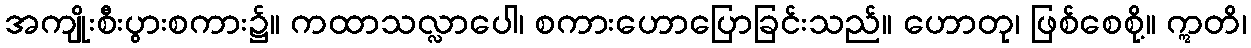
အကျိုးစီးပွားစကား၌။ ကထာသလ္လာပေါ၊ စကားဟောပြောခြင်းသည်။ ဟောတု၊ ဖြစ်စေစို့။ ဣတိ၊